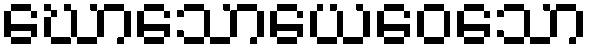
ဃောသောယေဝေသော